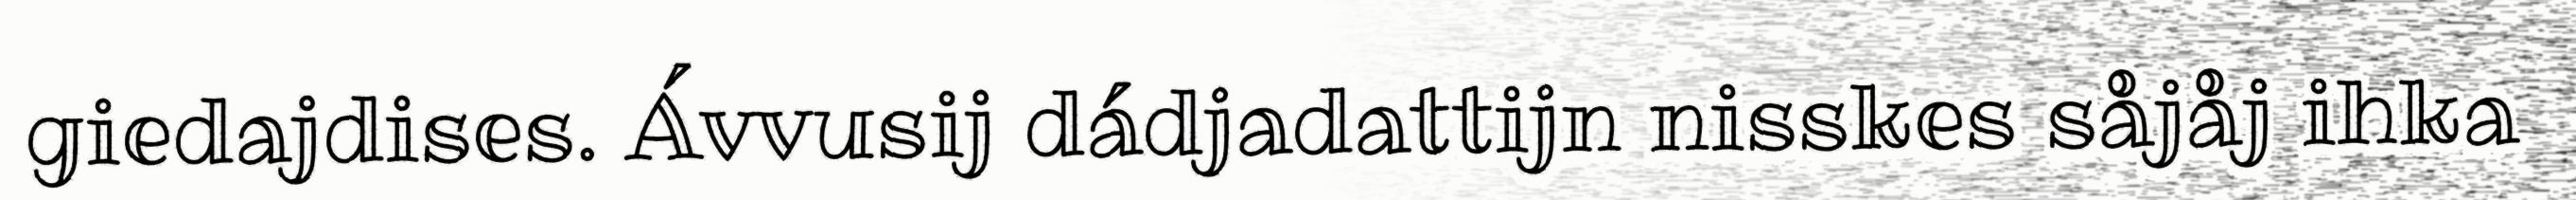
giedajdises. Ávvusij dádjadattijn nisskes såjåj ihka